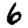
Digit: 6